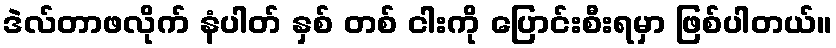
ဒဲလ်တာဖလိုက် နံပါတ် နှစ် တစ် ငါးကို ပြောင်းစီးရမှာ ဖြစ်ပါတယ်။